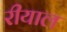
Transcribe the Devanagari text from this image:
रीयाल